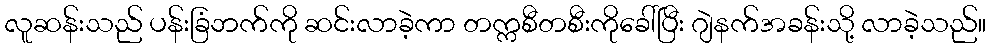
လူဆန်းသည် ပန်းခြံဘက်ကို ဆင်းလာခဲ့ကာ တက္ကစီတစီးကိုခေါ်ပြီး ဂျဲနက်အခန်းသို့ လာခဲ့သည်။